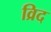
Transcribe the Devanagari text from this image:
व्रिद